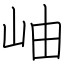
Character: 岫